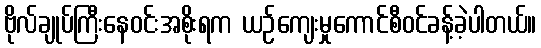
ဗိုလ်ချုပ်ကြီးနေဝင်းအစိုးရက ယဉ်ကျေးမှုကောင်စီဝင်ခန့်ခဲ့ပါတယ်။